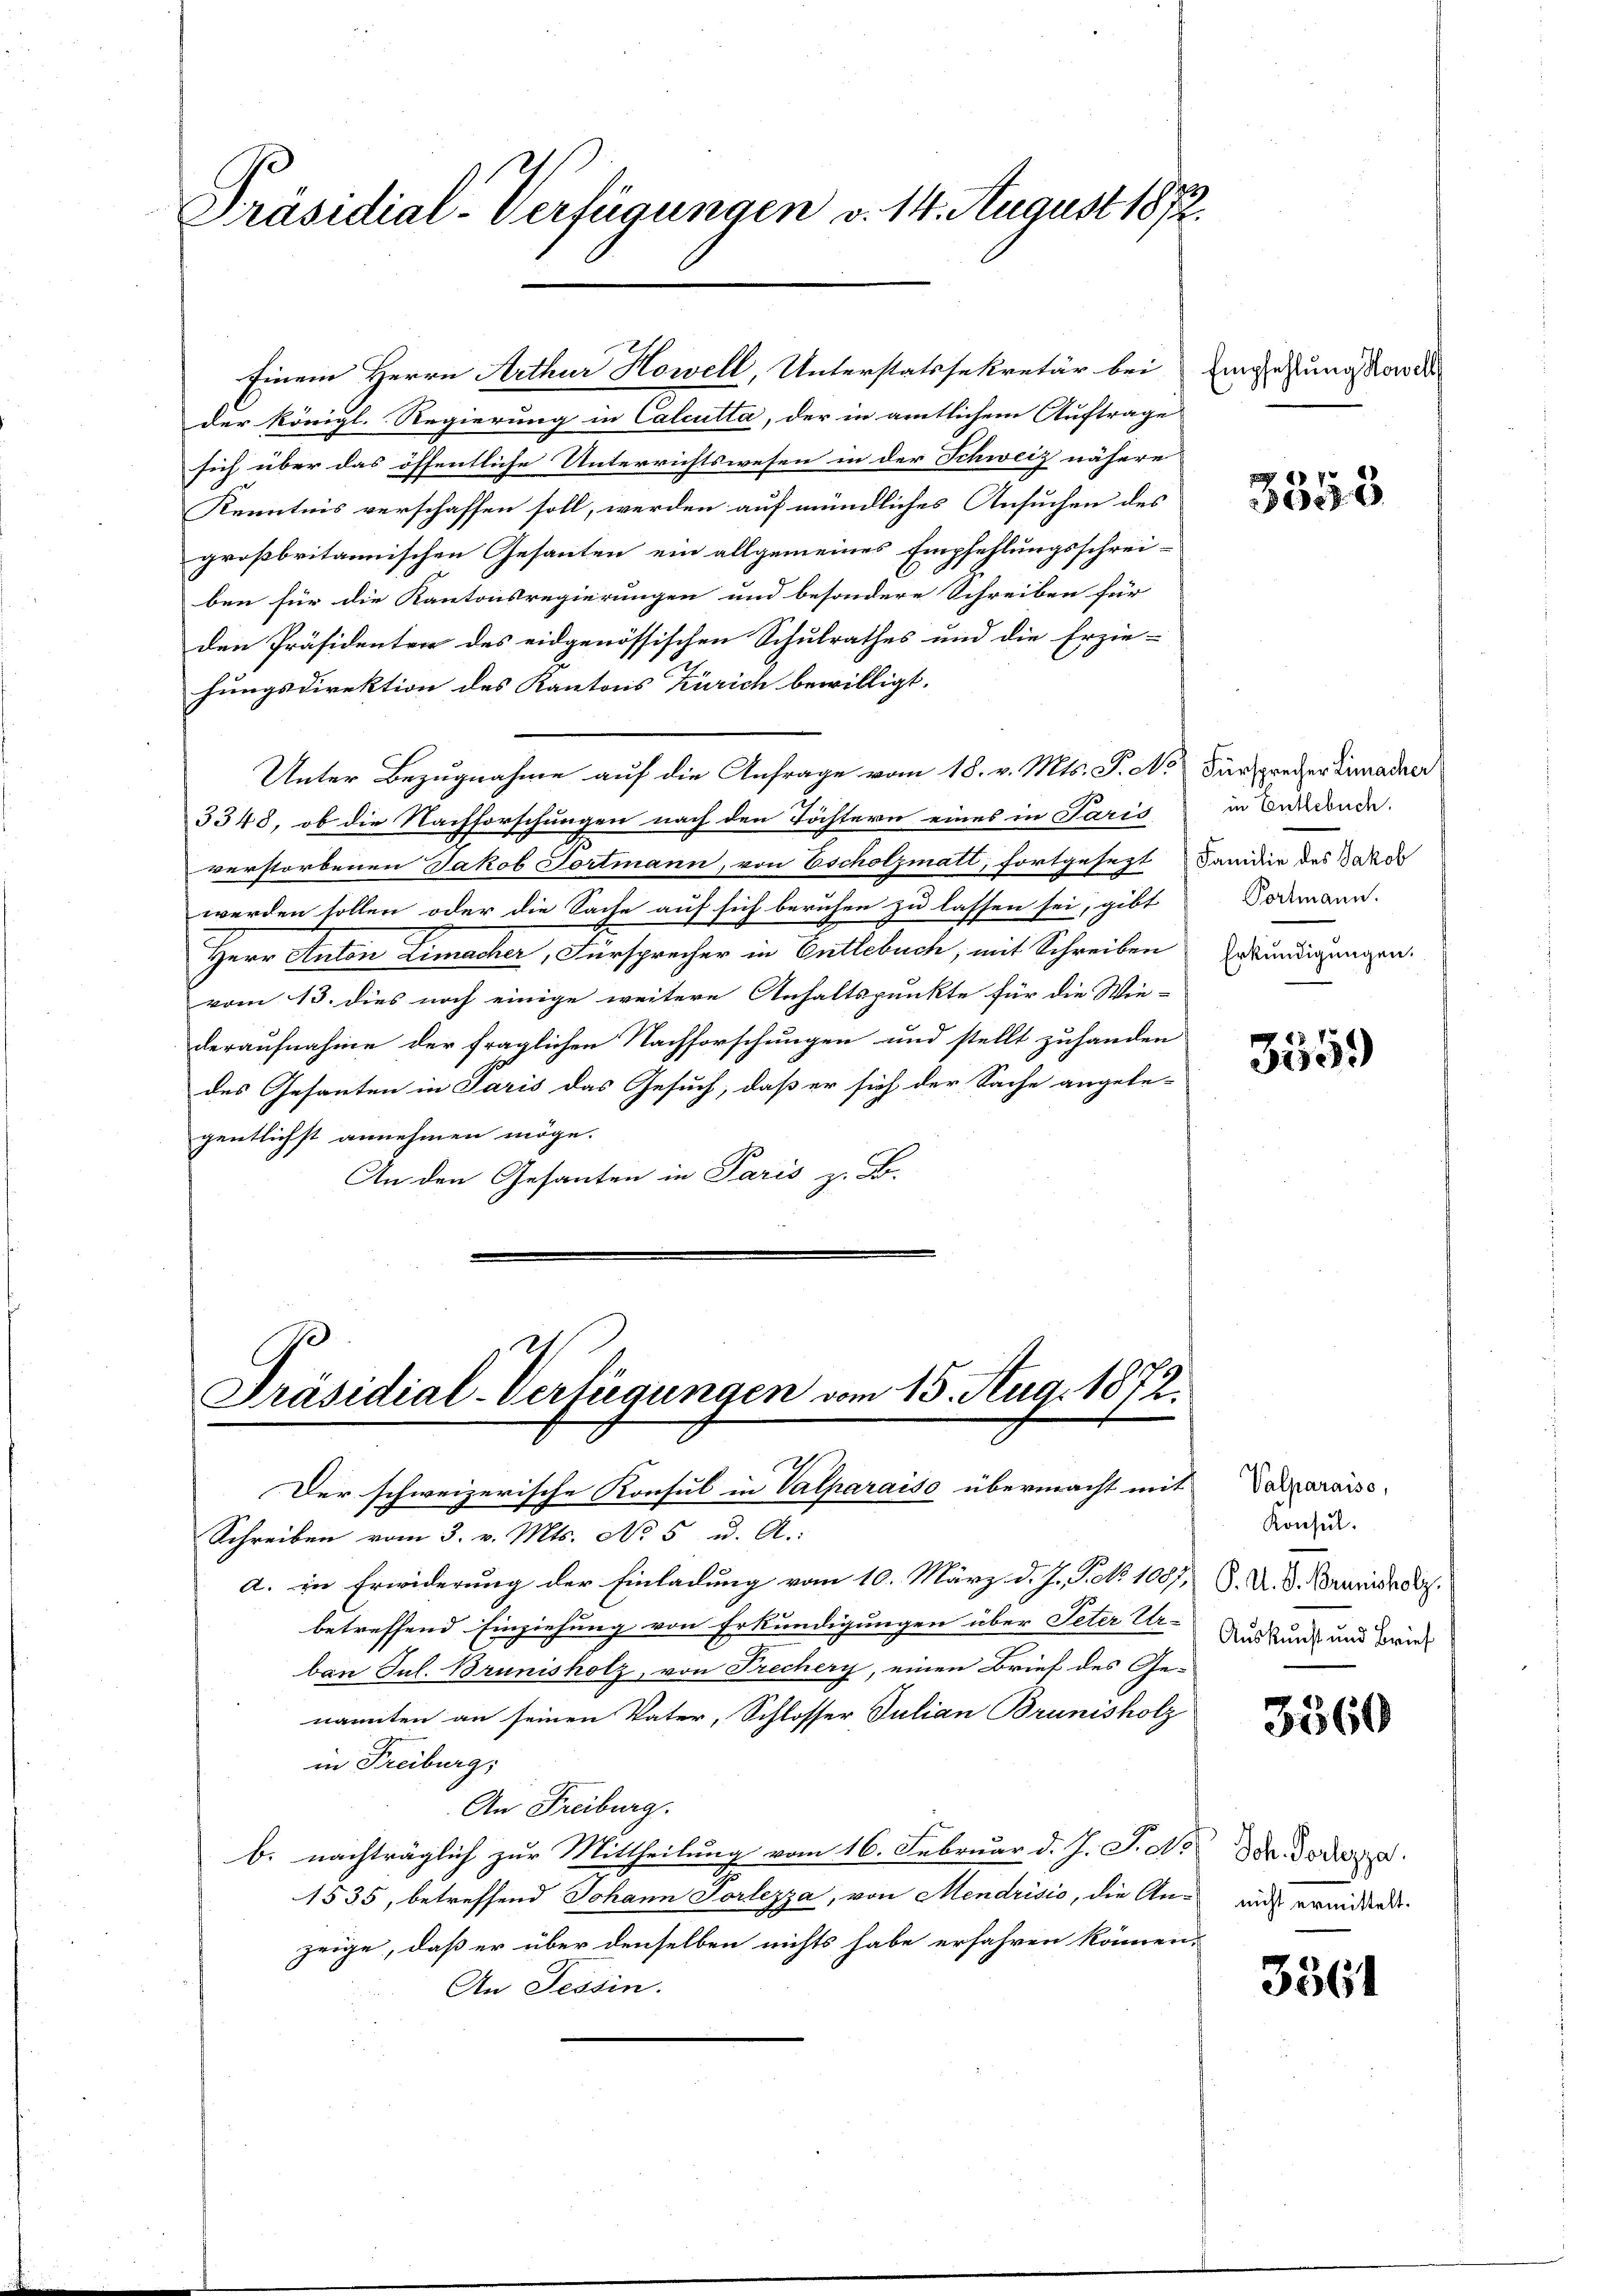
Präsidial-Verfügungen v. 14. August 1872.

der Königl. Regierung in Calcutta, der in amtlichem Auftrage
sich über das öffentliche Unterrichtswesen in der Schweiz nähere
Kenntnis verschaffen soll, werden auf mündliches Ansuchen des
großbritannischen Gesanten ein allgemeines Empfehlungsschrei-
ben für die Kantonsregierungen und besondere Schreiben für
den Präsidenten des eidgenössischen Schulrathes und die Erzie-
hungsdirektion des Kantons Zürich bewilligt.
Unter Bezugnahme auf die Anfrage vom 18. v. Mts. P. No
3348, ob die Nachforschungen nach den Töchtern eines in Paris
verstorbenen Jakob Tortmann, von Escholzmatt, fortgesezt ande des Garde
werden sollen oder die Sache auf sich beruhen zu lassen sei, gibt
Herr Anton Limacher, Fürsprecher in Entlebuch, mit Schreiben Erkundigungen.
vom 13. dies noch einige weitere Anhaltspunkte für die Wie-
deraufnahme der fraglichen Nachforschungen und stellt zuhanden
des Gesanten in Paris das Gesuch, daß er sich der Sache angele-
gentlichst annehmen möge.
An den Gesanten in Paris z. B.

Einem Herrn Arthur Howell, Unterstatssekretär bei Eingesung sowe

Präsidial-Verfügungen vom 15. Aug. 1872.
Der schweizerische Konsul in Valparaiso übermacht mit Dapparaisc

Schreiben vom 3. v. Mts. No 5 u. A.
a. in Erwiderung der Einladung vom 10. März d. J. P. No 1087. 8. U. d. Brandes.
betreffend Einziehung von Erkundigungen über Peter Ur-
ban Jul. Brunisholz, von Prechery, einen Brief des Genamten an seinen Vater, Schlosser Julian Brunisholz
in Freiburg,
An Freiburg.
b. nachträglich zur Mittheilung vom 16. Februar d. J. J. No Dr. Jedera
1535, betreffend Johann Vorlezza, von Mendrisio, die An- mich erwider.
zeige, daß er über denselben nichts habe erfahren können.
An Tessin.

3358

Fürsprecher Limacher
in Entlebuch.
Portmann.

3559

Konsul
Auskunft und Brief

3360

3361